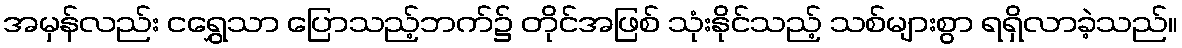
အမှန်လည်း ငရွှေသာ ပြောသည့်ဘက်၌ တိုင်အဖြစ် သုံးနိုင်သည့် သစ်များစွာ ရရှိလာခဲ့သည်။